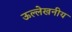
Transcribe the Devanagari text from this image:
ऊल्लेखनीय